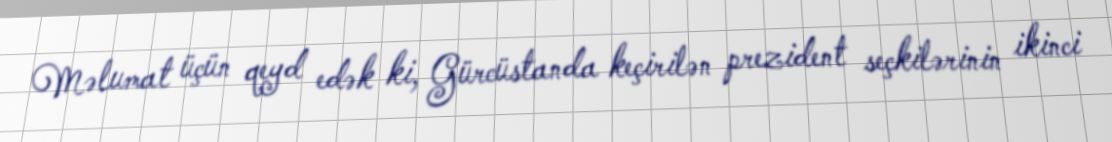
Məlumat üçün qeyd edək ki, Gürcüstanda keçirilən prezident seçkilərinin ikinci